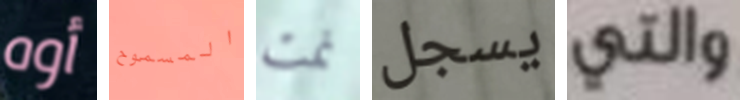
أوه المسموح نمت يسجل والتي